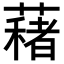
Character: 𦿀